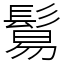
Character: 鬄